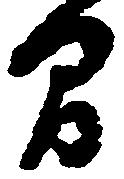
間